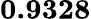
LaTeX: \mathbf{0.9328}